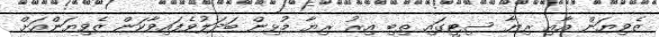
ޒެވިޔަން އާއި ރިޔާ ސިޓީގައި ތިބި އިރު ރިޔާ މުޅިން ބަދަލުވެފައިވާކަން ޒެވިޔަންއަށް